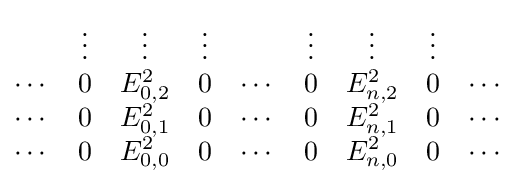
{\begin{matrix}&\vdots &\vdots &\vdots &&\vdots &\vdots &\vdots &\\\cdots &0&E_{0,2}^{2}&0&\cdots &0&E_{n,2}^{2}&0&\cdots \\\cdots &0&E_{0,1}^{2}&0&\cdots &0&E_{n,1}^{2}&0&\cdots \\\cdots &0&E_{0,0}^{2}&0&\cdots &0&E_{n,0}^{2}&0&\cdots \\\end{matrix}}